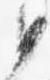
如